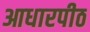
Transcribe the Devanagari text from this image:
आधारपीठ